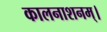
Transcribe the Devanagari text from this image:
कालनाशनम्।